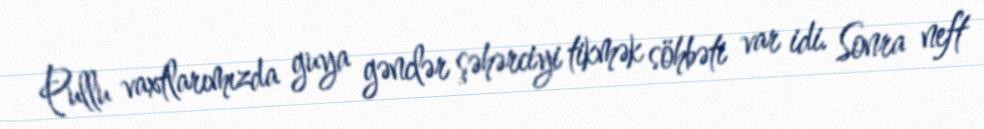
Pullu vaxtlarımızda guya gənclər şəhərciyi tikmək söhbəti var idi. Sonra neft